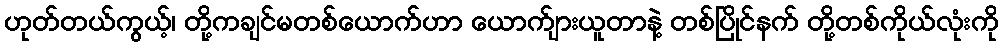
ဟုတ်တယ်ကွယ့်၊ တို့ကချင်မတစ်ယောက်ဟာ ယောက်ျားယူတာနဲ့ တစ်ပြိုင်နက် တို့တစ်ကိုယ်လုံးကို